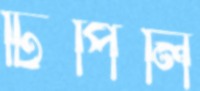
টিপিলি